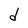
Character: d